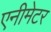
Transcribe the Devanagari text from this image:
एनीमेटर